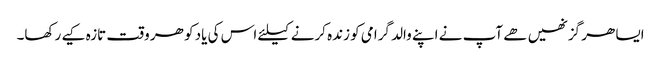
ایسا ھر گز نھیں ھے آپ نے اپنے والد گرامی کو زندہ کرنے کیلئے اس کی یاد کو ھر وقت تازہ کیے رکھا۔